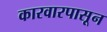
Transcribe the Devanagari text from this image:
कारवारपासून